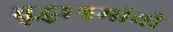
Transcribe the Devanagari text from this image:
वृद्धाश्रमांची